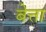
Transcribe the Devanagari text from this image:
बेत्ता